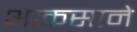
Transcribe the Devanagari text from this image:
आकसाने